Civil Veterinary Department Bengal reports 1923-33 - 1923-1933
Year: 1923
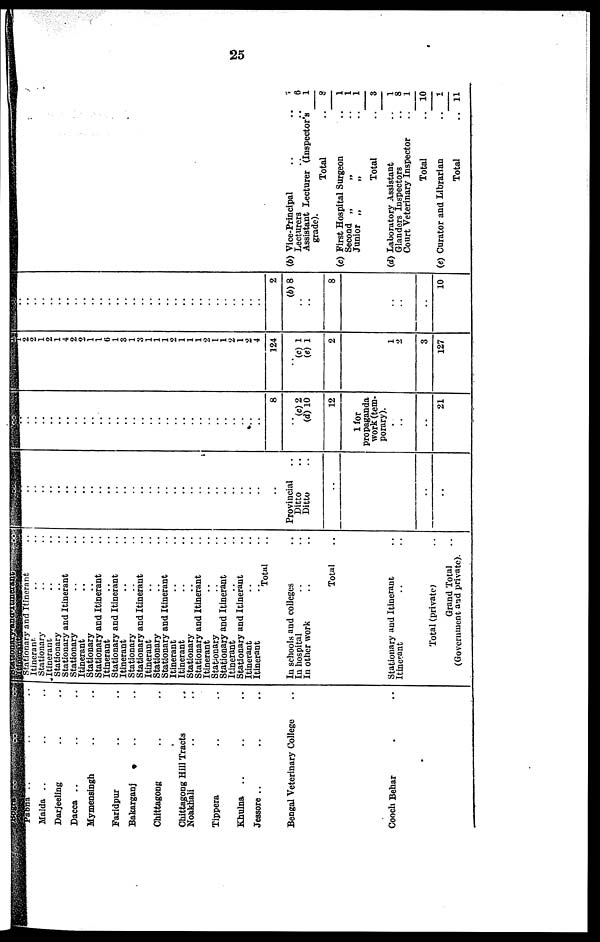
25
Pabna .. .. ..
Malda .. .. ..
Darjeeling .. ..
Dacca .. .. ..
Mymensingh .. ..
Faridpur .. ..
Bakarganj .. ..
Chittagong .. ..
Chittagong Hill Tracts ..
Noakhali .. ..
Tippera .. ..
Khulna .. .. ..
Jessore .. .. ..
Bengal Veterinary College ..
Cooch Behar ..
Stationary and Itinerant ..
Itinerant .. ..
Stationary .. ..
Itinerant .. .. .. ..
Stationary .. ..
Stationary and Itinerant ..
Stationary .. ..
Itinerant .. ..
Stationary .. ..
Stationary and Itinerant ..
Itinerant .. ..
Stationary and Itinerant ..
Itinerant .. ..
Stationary .. ..
Stationary and Itinerant ..
Itinerant .. ..
Stationary .. ..
Stationary and Itinerant ..
Itinerant .. ..
Itinerant .. ..
Stationary .. ..
Stationary and Itinerant ..
Itinerant .. ..
Stationary .. ..
Stationary and Itinerant ..
Itinerant .. ..
Stationary and Itinerant ..
Itinerant .. ..
Itinerant .. ..
Total ..
In schools and colleges ..
In hospital .. ..
In other work .. ..
Total ..
Stationary and Itinerant ..
Itinerant .. ..
Total (private) ..
Grand Total ..
(Government and private).
..
..
..
..
..
..
..
..
..
..
..
..
..
..
..
..
..
..
..
..
..
..
..
..
..
..
..
..
..
..
Provincial ..
Ditto ..
Ditto ..
..
..
..
..
..
..
..
..
..
..
..
..
..
..
..
..
..
..
..
..
..
..
..
..
..
..
..
..
..
..
..
..
8
(c) 2
(d) 10
12
1 for
propaganda
work (tem-
porary).
..
..
..
21
2 2
1
2
1
4
2
2
1
1
6 1
3
1
3
1
1
1
2
1
1
1
2
1
1
2
1
2
4
124
..
(c) 1
(d) 1
2
1
2
3
127
..
..
..
..
..
..
..
..
..
..
..
..
..
..
..
..
..
..
..
..
..
..
..
..
..
..
..
..
..
2
(b) 8
..
..
8
..
..
..
10
(b) Vice-Principal
..
..
7
Lecturers
..
..
6
Assistant Lecturer (Inspector's
1
grade).
Total
..
8
(c)
First
Hospital
Surgeon
..
1
Second „
„
..
1
Junior „
„
..
1
Total
..
3
(d) Laboratory Assistant
..
1
Glanders Inspectors
..
8
Court Veterinary Inspector
..
1
Total
.. 10
(e) Curator and Librarian
..
1
Total
.. 11